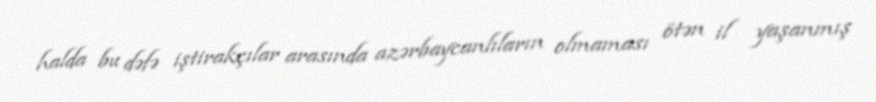
halda bu dəfə iştirakçılar arasında azərbaycanlıların olmaması ötən il yaşanmış